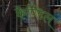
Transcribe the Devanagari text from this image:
कैण्डिल